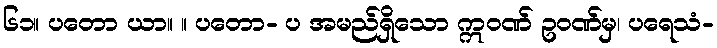
၆၁။ ပတော ယာ။ ။ ပတော- ပ အမည်ရှိသော ဣဝဏ် ဥဝဏ်မှ၊ ပရေသံ-